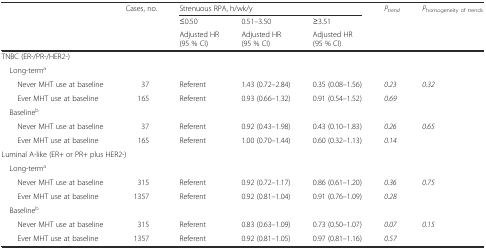
<table><thead><tr><td rowspan="3"></td><td rowspan="2"><b>Cases, no.</b></td><td colspan="3"><b>Strenuous RPA, h/wk/y</b></td><td><b><i>P</i><sub><i>trend</i></sub></b></td><td rowspan="2"><b><i>P</i><sub>homogeneity of trends</sub></b></td></tr><tr><td><b>≤0.50</b></td><td><b>0.51–3.50</b></td><td><b>≥3.51</b></td><td></td></tr><tr><td></td><td><b>Adjusted HR (95 % CI)</b></td><td><b>Adjusted HR (95 % CI)</b></td><td><b>Adjusted HR (95 % CI)</b></td><td></td><td></td></tr></thead><tbody><tr><td colspan="7">TNBC (ER-/PR-/HER2-)</td></tr><tr><td colspan="7"> Long-term<sup>a</sup></td></tr><tr><td>Never MHT use at baseline</td><td>37</td><td>Referent</td><td>1.43 (0.72–2.84)</td><td>0.35 (0.08–1.56)</td><td><i>0.23</i></td><td><i>0.32</i></td></tr><tr><td>Ever MHT use at baseline</td><td>165</td><td>Referent</td><td>0.93 (0.66–1.32)</td><td>0.91 (0.54–1.52)</td><td><i>0.69</i></td><td></td></tr><tr><td colspan="7"> Baseline<sup>b</sup></td></tr><tr><td>Never MHT use at baseline</td><td>37</td><td>Referent</td><td>0.92 (0.43–1.98)</td><td>0.43 (0.10–1.83)</td><td><i>0.26</i></td><td><i>0.65</i></td></tr><tr><td>Ever MHT use at baseline</td><td>165</td><td>Referent</td><td>1.00 (0.70–1.44)</td><td>0.60 (0.32–1.13)</td><td><i>0.14</i></td><td></td></tr><tr><td colspan="3">Luminal A-like (ER+ or PR+ plus HER2-)</td><td></td><td></td><td></td><td></td></tr><tr><td colspan="7"> Long-term<sup>a</sup></td></tr><tr><td>Never MHT use at baseline</td><td>315</td><td>Referent</td><td>0.92 (0.72–1.17)</td><td>0.86 (0.61–1.20)</td><td><i>0.36</i></td><td><i>0.75</i></td></tr><tr><td>Ever MHT use at baseline</td><td>1357</td><td>Referent</td><td>0.92 (0.81–1.04)</td><td>0.91 (0.76–1.09)</td><td><i>0.28</i></td><td></td></tr><tr><td colspan="7"> Baseline<sup>b</sup></td></tr><tr><td>Never MHT use at baseline</td><td>315</td><td>Referent</td><td>0.83 (0.63–1.09)</td><td>0.73 (0.50–1.07)</td><td><i>0.07</i></td><td><i>0.15</i></td></tr><tr><td>Ever MHT use at baseline</td><td>1357</td><td>Referent</td><td>0.92 (0.81–1.05)</td><td>0.97 (0.81–1.16)</td><td><i>0.57</i></td><td></td></tr></tbody></table>